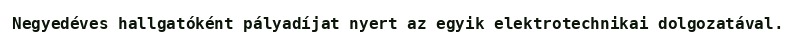
Negyedéves hallgatóként pályadíjat nyert az egyik elektrotechnikai dolgozatával.